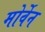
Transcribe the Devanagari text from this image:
मोर्वेन